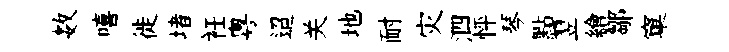
数嘻徙堵衽粵迢关地耐灾泗怦琴點翌繪鄒窠